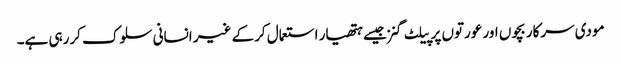
مودی سرکار بچوں اور عورتوں پر پیلٹ گنز جیسے ہتھیار استعمال کرکے غیر انسانی سلوک کررہی ہے۔